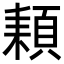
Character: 𩓕